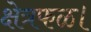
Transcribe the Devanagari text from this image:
क्षेत्रफळ।